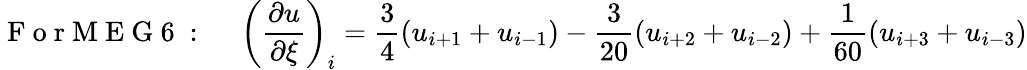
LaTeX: \mathrm{~F~o~r~M~E~G~6~:~}\quad\left(\frac{\partial u}{\partial\xi}\right)_{i}=\frac{3}{4}\left(u_{i+1}+u_{i-1}\right)-\frac{3}{20}\left(u_{i+2}+u_{i-2}\right)+\frac{1}{60}\left(u_{i+3}+u_{i-3}\right)